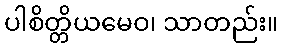
ပါစိတ္တိယမေဝ၊ သာတည်း။